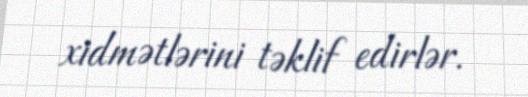
xidmətlərini təklif edirlər.